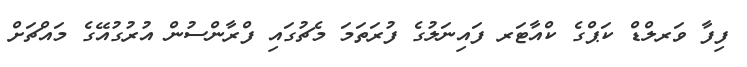
ފިފާ ވަރލްޑް ކަޕްގެ ކްއާޓަރ ފައިނަލުގެ ފުރަތަމަ މެޗުގައި ފްރާންސުން އުރުގުއޭގެ މައްޗަށް